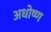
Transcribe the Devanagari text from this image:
अधोष्ण